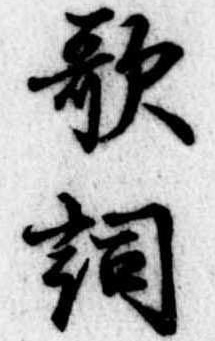
歌詞